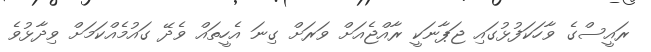
ރައީސްގެ ވާހަކަފުޅުގައި ޖަޕާނަކީ ރާއްޖެއަށް ވަރަށް ގިނަ އެހީތައް ވެދޭ ގައުމެއްކަމަށް ވިދާޅުވެ